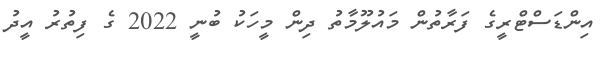
އިންޑަސްޓްރީގެ ފަރާތުން މައުލޫމާތު ދިން މީހަކު ބުނީ 2022 ގެ ފިތުރު އީދު